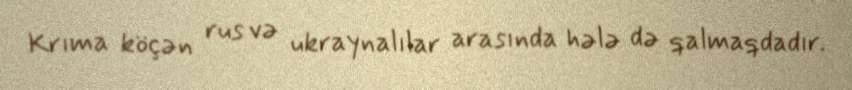
Krıma köçən rus və ukraynalılar arasında hələ də qalmaqdadır.